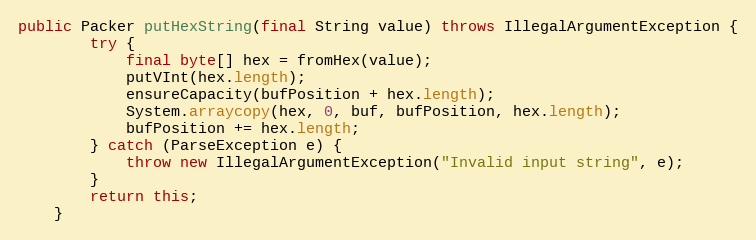
Language: Java
public Packer putHexString(final String value) throws IllegalArgumentException {
		try {
			final byte[] hex = fromHex(value);
			putVInt(hex.length);
			ensureCapacity(bufPosition + hex.length);
			System.arraycopy(hex, 0, buf, bufPosition, hex.length);
			bufPosition += hex.length;
		} catch (ParseException e) {
			throw new IllegalArgumentException("Invalid input string", e);
		}
		return this;
	}